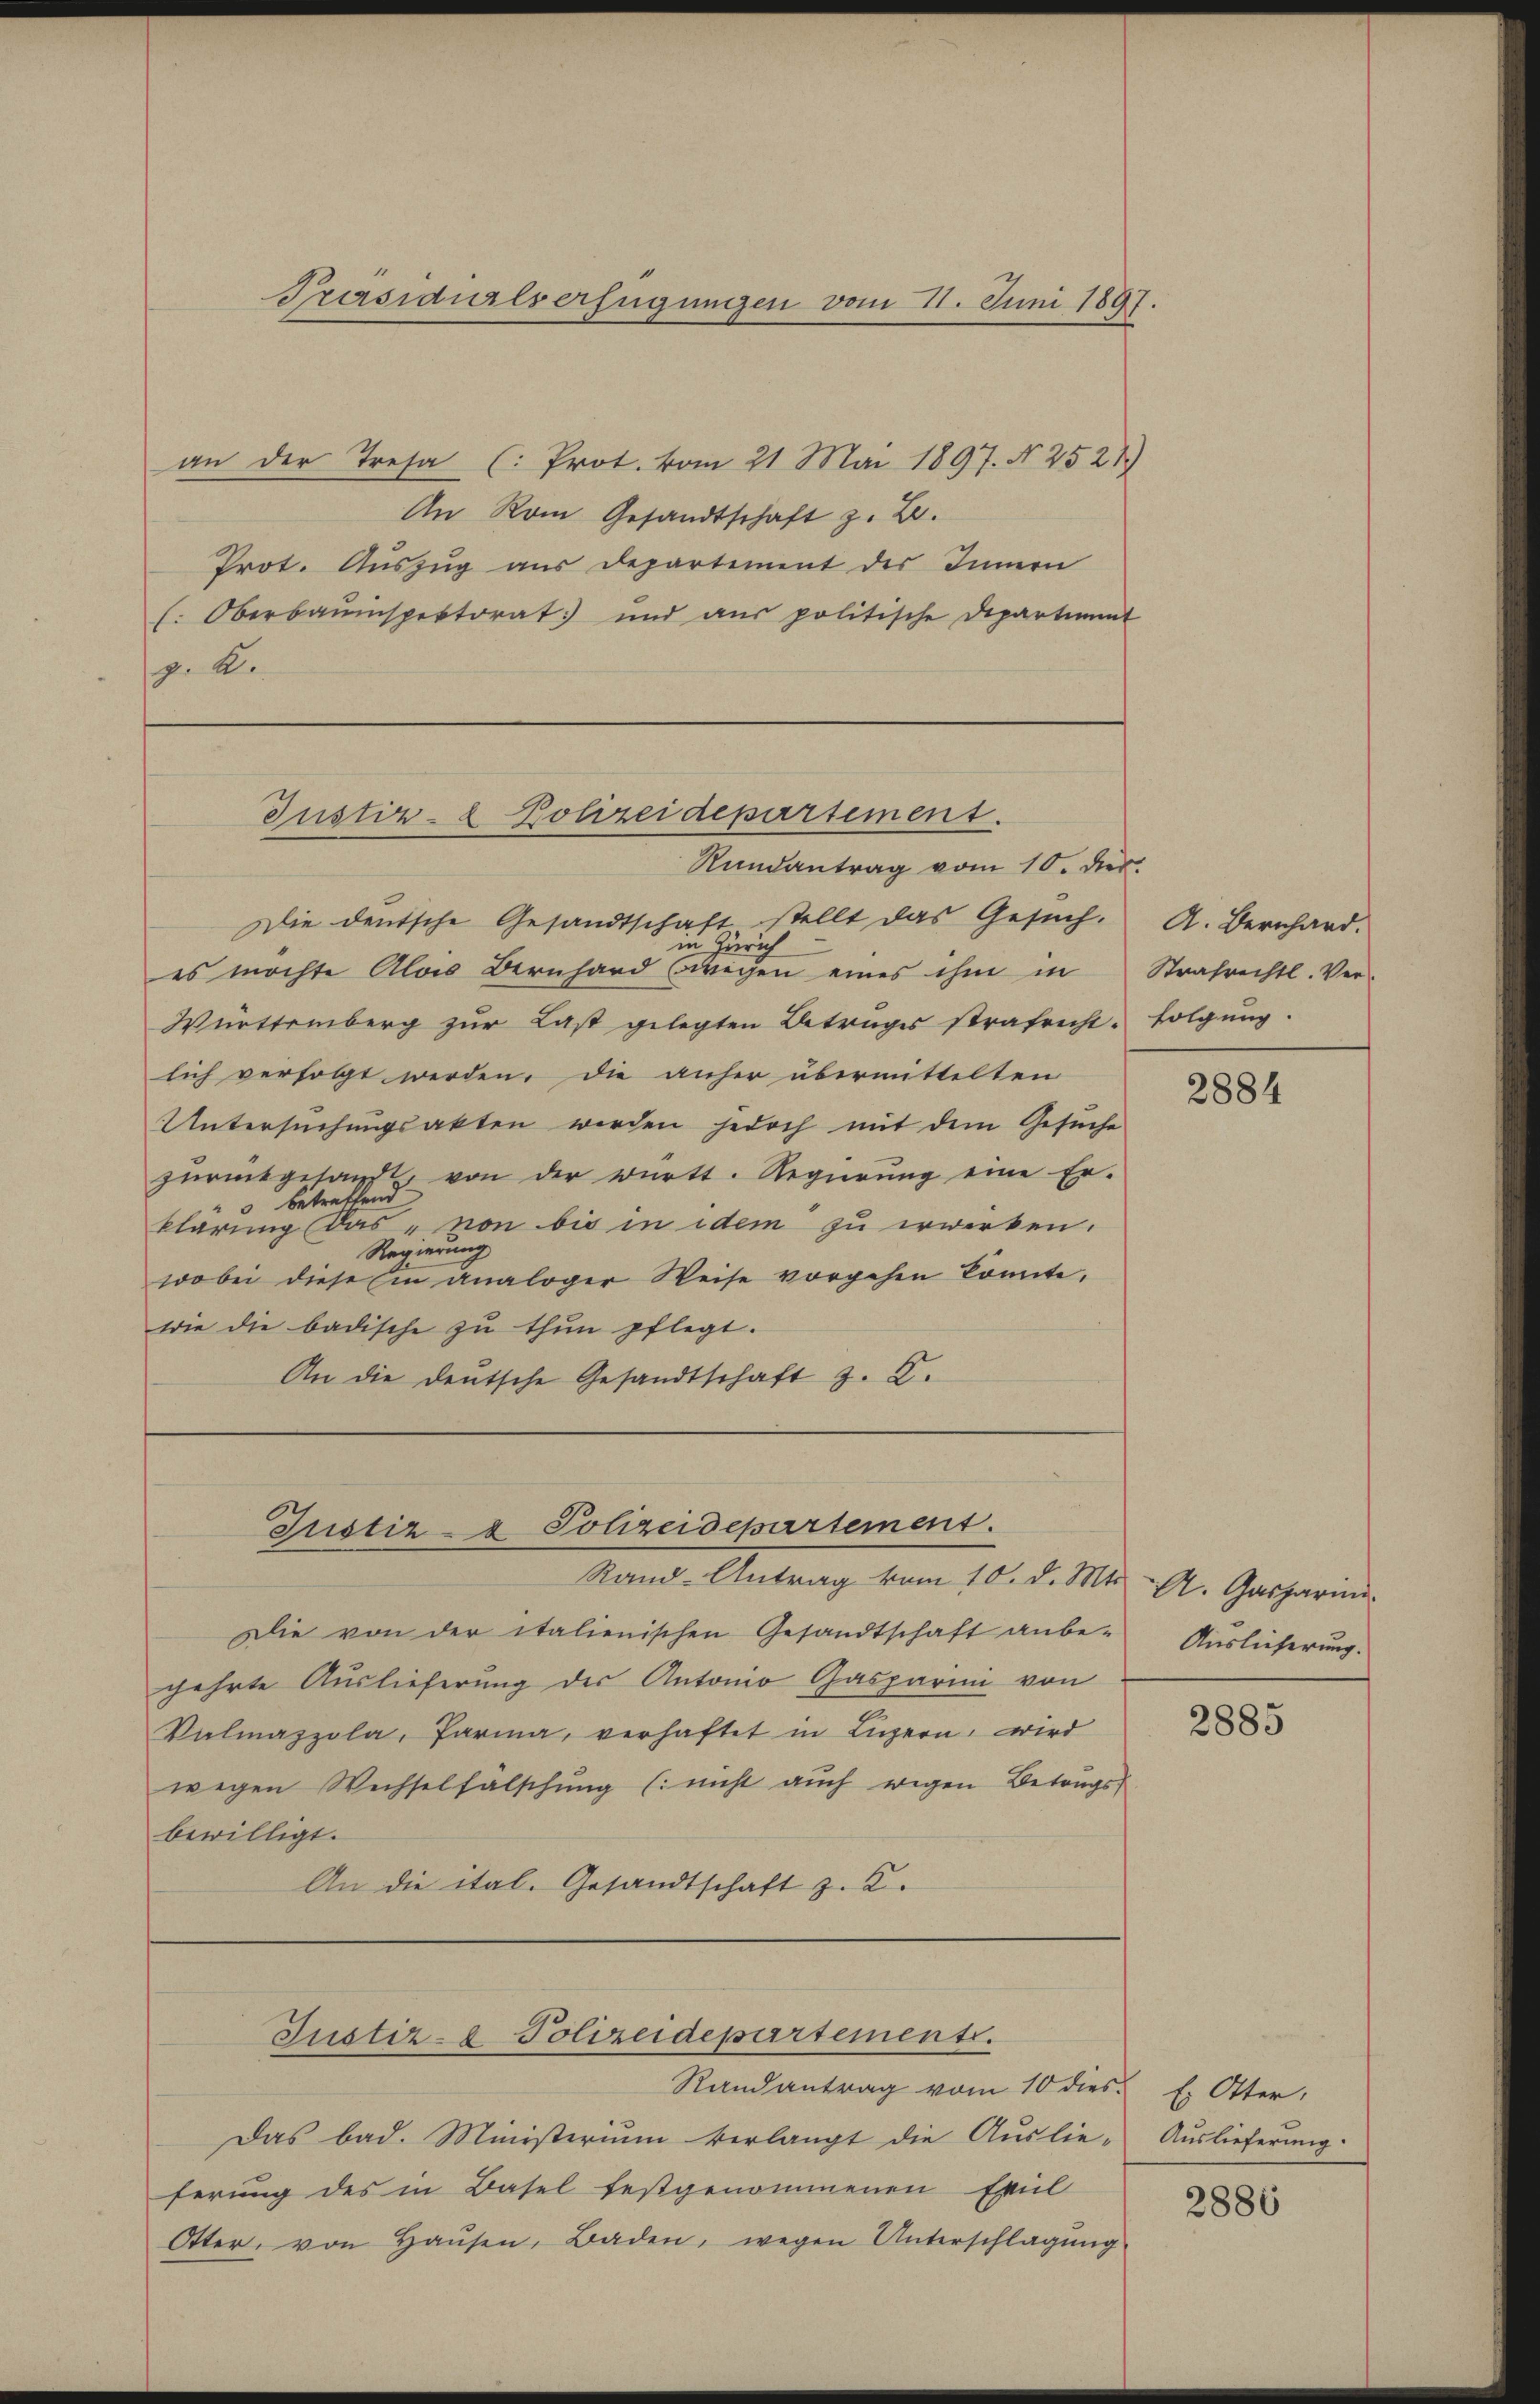
an der Tresa (: Prot. vom 21. Mai 1897. N. 2521)
An Rom Gesandtschaft z. B.
Prot. Auszug aus Departement des Innern
l. Oberbauinspektorat und aŭs politische Departiment
p. K

Präsidialserfügungen vom 11. Juni 1897.

Justiz- & Polizeidepartement.

Randantrag vom 10. dies
Die deutsche Gesandtschaft stellt das Gesuch.
in Zürich
es möchte Alois Bernhard Ewigen eines ihm in Strafrechtl. Ver-
Württemberg zŭr Last gelegten Betruges strafrecht folgŭng.
lich verfolgt werden, die anher übermittelten
Untersuchungsakten werden jedoch mit dem Gesuche
zŭrückgesandt, von der württ. Regierŭng eine Er-
3 betreffend
klärung das „von bis in idem zu erwirken.
Regierung
wobei diese Ein analoger Weise vorgehen könnte,
wie die badische zu thun pflegt.
An die deutsche Gesandtschaft z. B.

Justiz- & Polizeidepartement.
Rand-Antrag vom 10. d. Mts. A. Gasparina.

Die von der italienischen Gesandtschaft anbegehrte Auslieferung des Antonio Gasparini von
Valmazpola, Paria, verhaftet in Luzern, wird
wegen Wechselfälschŭng (: nicht aŭch wegen Betrags
bewilligt.
An die ital. Gesandtschaft z. 2.

Justiz- & Polizeidepartements.

Das bad. Ministerium verlangt die Auslie-Auslieferung.
ferung des in Basel festgenommenen Exil
Otter, von Haŭsen, Baden, wegen Unterschlagŭng

Randantrag vom 10 dies. E. Otter,

A. Bernhard.

2884

Auslieferung.

2885

2886